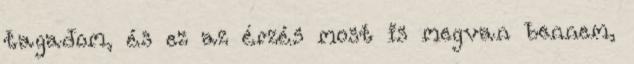
tagadom, és ez az érzés most is megvan bennem,